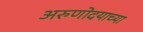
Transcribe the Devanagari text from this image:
अरुणोदयाच्या